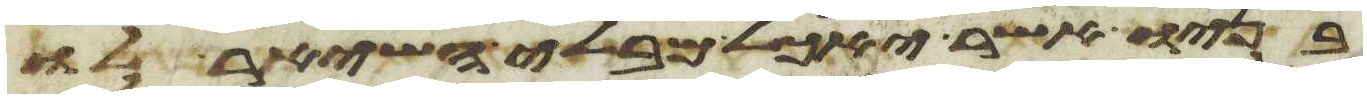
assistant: בניו אשר יאכל מבלי השאיר לו